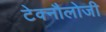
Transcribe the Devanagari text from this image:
टेक्नौलोजी